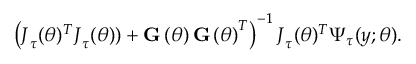
\left( \boldsymbol { J } _ { \tau } ( \boldsymbol { \theta } ) ^ { T } \boldsymbol { J } _ { \tau } ( \boldsymbol { \theta } ) ) + \mathbf { G } \left( \boldsymbol { \theta } \right) \mathbf { G } \left( \boldsymbol { \theta } \right) ^ { T } \right) ^ { - 1 } \boldsymbol { J } _ { \tau } ( \boldsymbol { \theta } ) ^ { T } \boldsymbol { \Psi } _ { \boldsymbol { \tau } } ( \boldsymbol { y } ; \boldsymbol { \theta ) } .